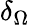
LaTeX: \delta_{\Omega}